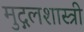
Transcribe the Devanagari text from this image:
मुद्गलशास्त्री